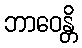
ဘာဝေန္တိ